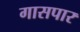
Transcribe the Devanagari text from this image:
गासपार